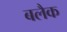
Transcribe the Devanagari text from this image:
बलैक